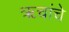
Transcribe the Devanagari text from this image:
ॠचांचे